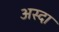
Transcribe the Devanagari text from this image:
अस्दा